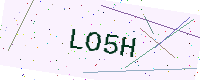
Text: LO5H